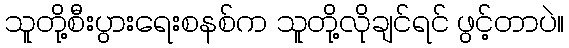
သူတို့စီးပွားရေးစနစ်က သူတို့လိုချင်ရင် ဖွင့်တာပဲ။